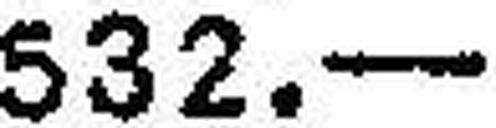
532.—